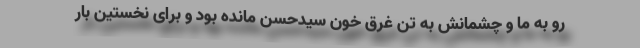
رو به ما و چشمانش به تن غرق خون سیدحسن مانده بود و برای نخستین بار